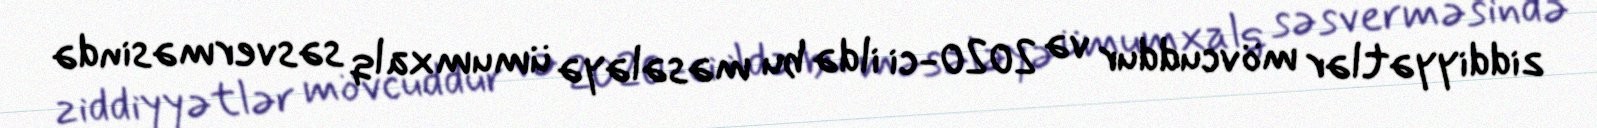
ziddiyyətlər mövcuddur və 2020-ci ildə bu məsələyə ümumxalq səsverməsində